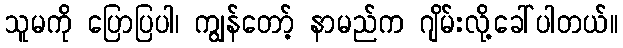
သူမကို ပြောပြပါ၊ ကျွန်တော့် နာမည်က ဂျိမ်းလို့ခေါ်ပါတယ်။